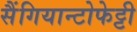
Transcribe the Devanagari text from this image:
सैंगियान्टोफेट्टी